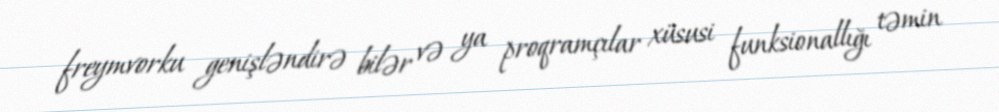
freymvorku genişləndirə bilər və ya proqramçılar xüsusi funksionallığı təmin